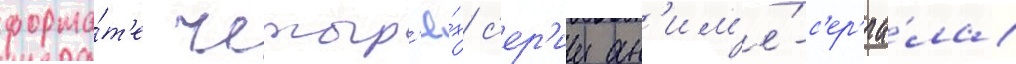
форма́т'е четыр'ё́х с'ер'ии ан'им'е́-с'ер'иа́ла